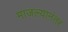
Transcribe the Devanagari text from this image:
माजल्यानंतर